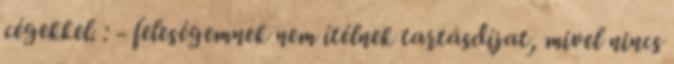
cégekkel. : - feleségemnek nem ítélnek tartásdíjat, mivel nincs